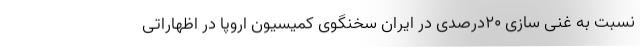
نسبت به غنی سازی ۲۰درصدی در ایران سخنگوی کمیسیون اروپا در اظهاراتی